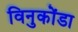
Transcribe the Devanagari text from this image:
विनुकोंडा